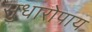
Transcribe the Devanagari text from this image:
सुधारोपाय